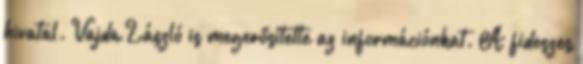
hivatal. Vajda László is megerősítette az információnkat. A fideszes